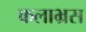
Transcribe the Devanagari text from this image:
कलाभ्रस